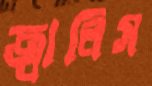
জ্বালিস